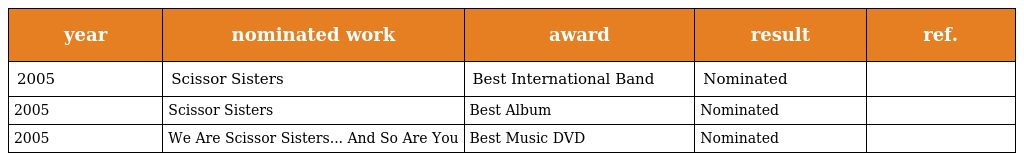
| year | nominated work | award | result | ref. |
 | --- | --- | --- | --- | --- |
 | 2005 | Scissor Sisters | Best International Band | Nominated |  |
 | 2005 | Scissor Sisters | Best Album | Nominated |  |
 | 2005 | We Are Scissor Sisters... And So Are You | Best Music DVD | Nominated |  |